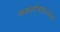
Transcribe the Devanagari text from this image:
मध्यवर्गत्रयाज्जाता